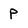
Character: p